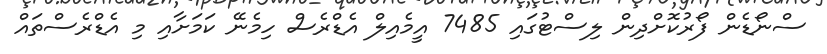
ސްނޯޑެން ފޯރުކޮށްދިން ލިސްޓުގައި 7485 އީމެއިލް އެޑްރެސް ހިމެނޭ ކަމަށާއި މި އެޑްރެސްތައް